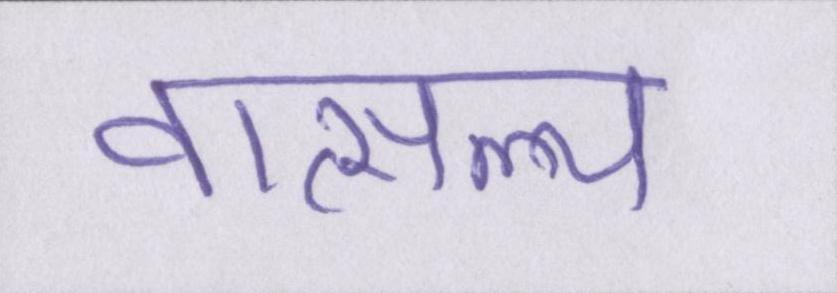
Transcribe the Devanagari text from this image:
वात्सल्य